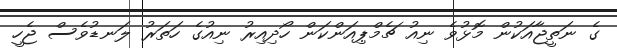
ގެ ނަތީޖާއަކުން މޮޅުވެ ނިއު ޗެމްޕިއަންކަން ހޯދިއިރު ނިއުގެ ހަތަރު ލަނޑުވެސް ޖެހީ